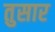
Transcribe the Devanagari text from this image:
तुसार